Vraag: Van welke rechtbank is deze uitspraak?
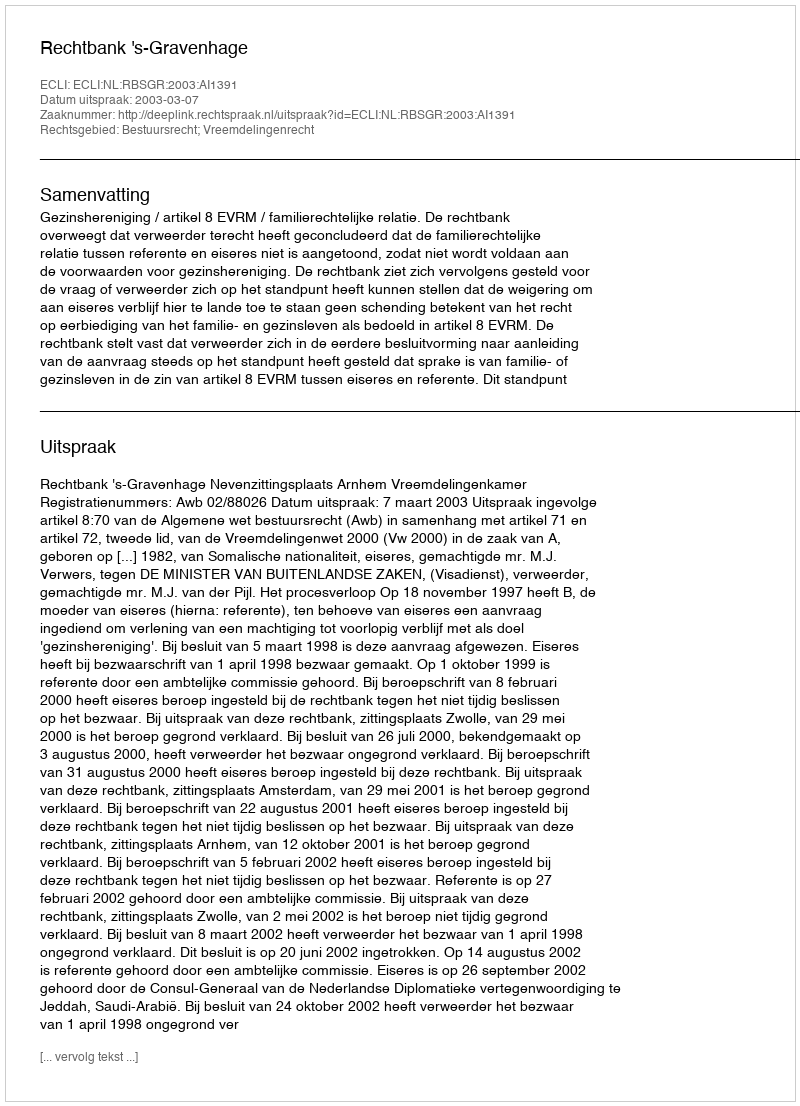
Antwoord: Rechtbank 's-Gravenhage